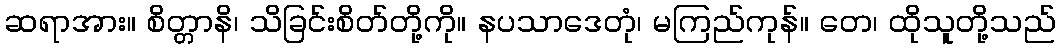
ဆရာအား။ စိတ္တာနိ၊ သိခြင်းစိတ်တို့ကို။ နပသာဒေတုံ၊ မကြည်ကုန်။ တေ၊ ထိုသူတို့သည်